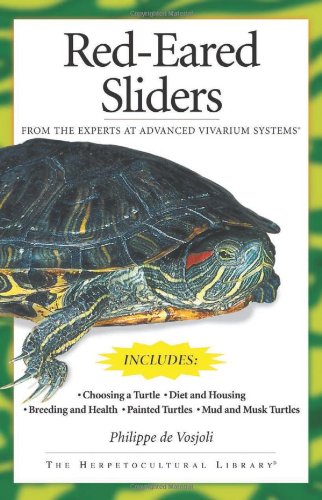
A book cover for Red-Eared Sliders: From the Experts at Advanced Vivarium Systems; Philippe De Vosjoli; Crafts, Hobbies & Home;